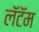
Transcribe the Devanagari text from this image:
लॅटॅम